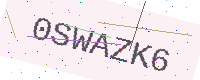
Text: 0SWAZK6